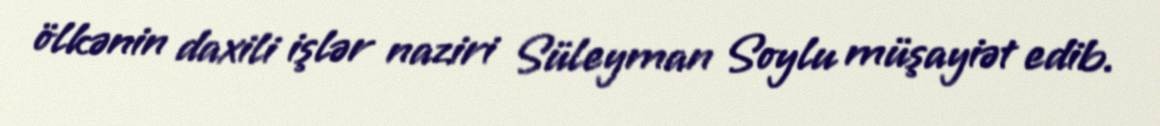
ölkənin daxili işlər naziri Süleyman Soylu müşayiət edib.